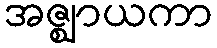
အဇ္ဈာယကာ